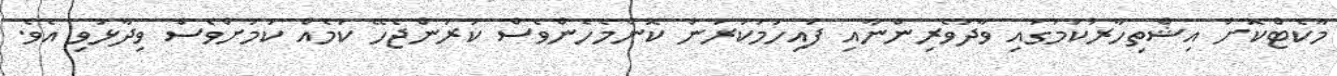
މާކެޓްކޮށް އިޝްތިހާރުކުމުގައި ވާދަވެރިންނާއި ފައިހަމަކުރަން ކޮންމެހެންވެސް ކުރަންޖެހޭ ކަމެއް ކަމަށްވެސް ވިދާޅުވި އެވެ.